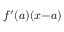
f ^ { \prime } ( a ) ( x { - } a )